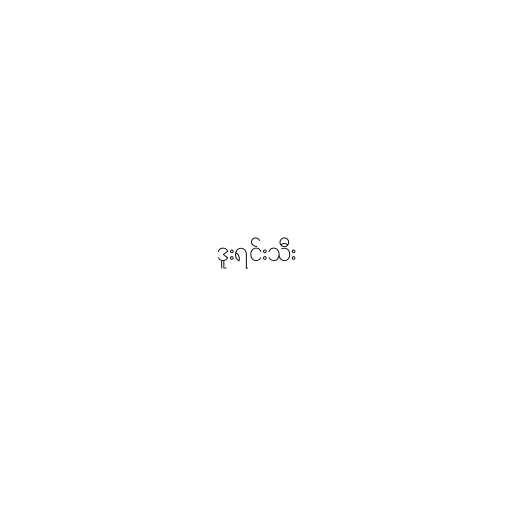
ဒူးရင်းသီး